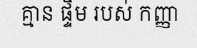
គ្មាន ផ្ទឹម របស់ កញ្ញា